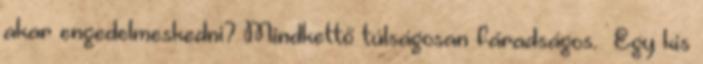
akar engedelmeskedni? Mindkettő túlságosan fáradságos. Egy kis